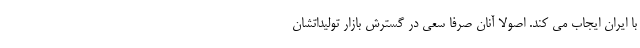
با ایران ایجاب می کند. اصولا آنان صرفا سعی در گسترش بازار تولیداتشان